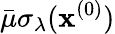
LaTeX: \bar{\mu}\sigma_{\lambda}(\mathbf{x}^{(0)})